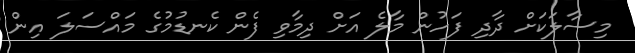
މިސާލަކަށް ދާދި ފަހުން މާލެ އަށް ދިމާވި ފެން ކެނޑުމުގެ މައްސަލަ އިން